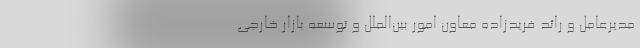
مدیرعامل و رائد فریدزاده معاون امور بین‌الملل و توسعه بازار خارجی